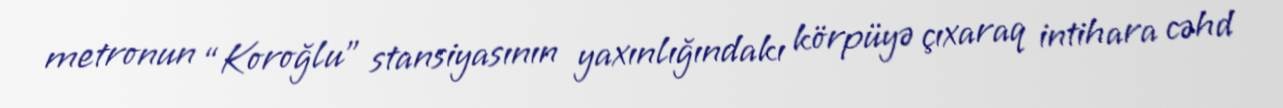
metronun “Koroğlu” stansiyasının yaxınlığındakı körpüyə çıxaraq intihara cəhd